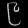
Digit: ၉